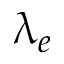
\uplambda _ { e }